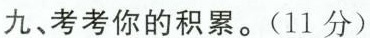
九、考考你的积累。(11分)